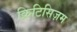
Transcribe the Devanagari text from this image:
क्रिटिसिज़म